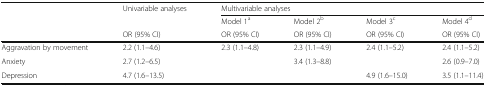
<table><thead><tr><td rowspan="3"></td><td><b>Univariable analyses</b></td><td colspan="4"><b>Multivariable analyses</b></td></tr><tr><td></td><td><b>Model 1<sup>a</sup></b></td><td><b>Model 2<sup>b</sup></b></td><td><b>Model 3<sup>c</sup></b></td><td><b>Model 4<sup>d</sup></b></td></tr><tr><td><b>OR (95% CI)</b></td><td><b>OR (95% CI)</b></td><td><b>OR (95% CI)</b></td><td><b>OR (95% CI)</b></td><td><b>OR (95% CI)</b></td></tr></thead><tbody><tr><td>Aggravation by movement</td><td>2.2 (1.1–4.6)</td><td>2.3 (1.1–4.8)</td><td>2.3 (1.1–4.9)</td><td>2.4 (1.1–5.2)</td><td>2.4 (1.1–5.2)</td></tr><tr><td>Anxiety</td><td>2.7 (1.2–6.5)</td><td></td><td>3.4 (1.3–8.8)</td><td></td><td>2.6 (0.9–7.0)</td></tr><tr><td>Depression</td><td>4.7 (1.6–13.5)</td><td></td><td></td><td>4.9 (1.6–15.0)</td><td>3.5 (1.1–11.4)</td></tr></tbody></table>